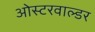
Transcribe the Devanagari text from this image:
ओस्टरवाल्डर